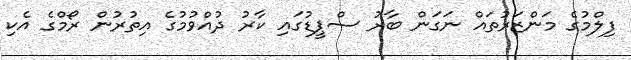
ފިލްމުގެ މަންޒަރުތައް ނަގަން ބާރު ސްޕީޑުގައި ކާރު ދުއްވުމުގެ އިތުރުން ރޯމްގެ އެކި